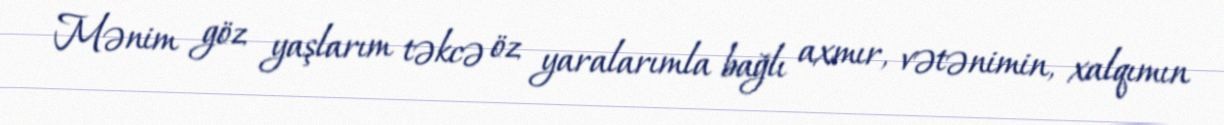
Mənim göz yaşlarım təkcə öz yaralarımla bağlı axmır, vətənimin, xalqımın